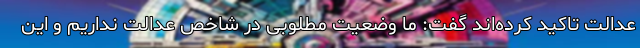
عدالت تاکید کرده‌اند گفت: ما وضعیت مطلوبی در شاخص عدالت نداریم و این